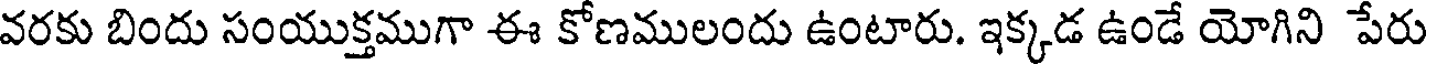
వరకు బిందు సంయుక్తముగా ఈ కోణములందు ఉంటారు. ఇక్కడ ఉండే యోగిని పేరు